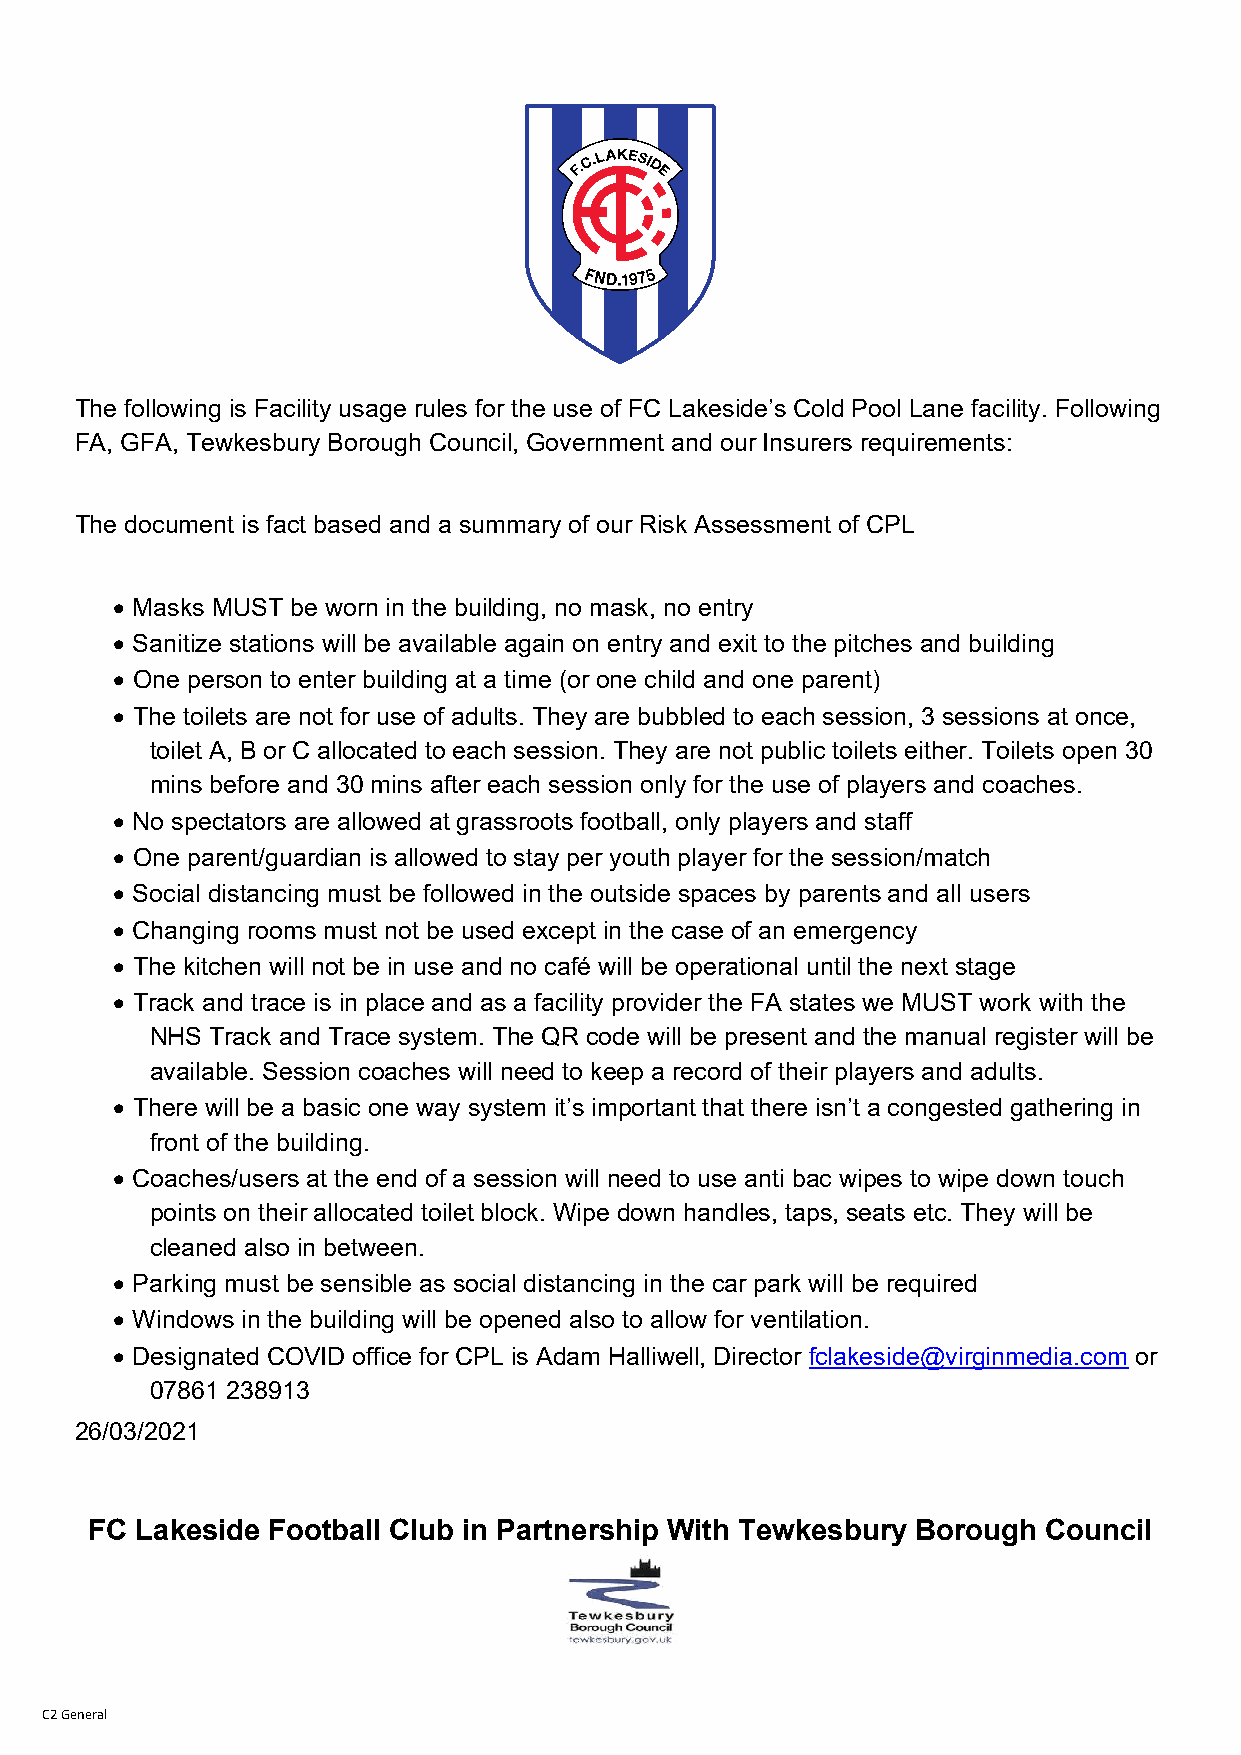
The following is Facility usage rules for the use of FC Lakeside’s Cold Pool Lane facility. Following
 FA, GFA, Tewkesbury Borough Council, Government and our Insurers requirements:
 The document is fact based and a summary of our Risk Assessment of CPL
  Masks MUST be worn in the building, no mask, no entry
  Sanitize stations will be available again on entry and exit to the pitches and building
  One person to enter building at a time (or one child and one parent)
  The toilets are not for use of adults. They are bubbled to each session, 3 sessions at once,
 toilet A, B or C allocated to each session. They are not public toilets either. Toilets open 30
 mins before and 30 mins after each session only for the use of players and coaches.
  No spectators are allowed at grassroots football, only players and staff
  One parent/guardian is allowed to stay per youth player for the session/match
  Social distancing must be followed in the outside spaces by parents and all users
  Changing rooms must not be used except in the case of an emergency
  The kitchen will not be in use and no café will be operational until the next stage
  Track and trace is in place and as a facility provider the FA states we MUST work with the
 NHS Track and Trace system. The QR code will be present and the manual register will be
 available. Session coaches will need to keep a record of their players and adults.
  There will be a basic one way system it’s important that there isn’t a congested gathering in
 front of the building.
  Coaches/users at the end of a session will need to use anti bac wipes to wipe down touch
 points on their allocated toilet block. Wipe down handles, taps, seats etc. They will be
 cleaned also in between.
  Parking must be sensible as social distancing in the car park will be required
  Windows in the building will be opened also to allow for ventilation.
  Designated COVID office for CPL is Adam Halliwell, Director fclakeside@virginmedia.com or
 07861 238913
 26/03/2021
 FC Lakeside Football Club in Partnership With Tewkesbury Borough Council
 C2 General